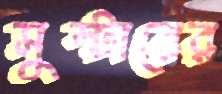
সুস্টারের